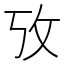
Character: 攷